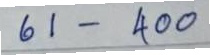
61 -400